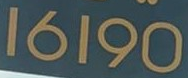
16190